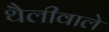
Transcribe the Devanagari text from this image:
थैलीवाले